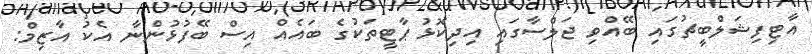
އާޓިިފިޝަލްބީޗުގައި ބޭއްވި ޖަލްސާގައި އިދިކޮޅު ޕާޓީތަކުގެ ބައެއް އިސް ބޭފުޅުންނާ އެކު އާޒިމް: